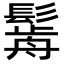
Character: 𩮣